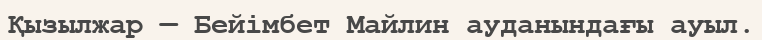
Қызылжар — Бейімбет Майлин ауданындағы ауыл.